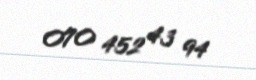
070 452 43 94